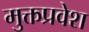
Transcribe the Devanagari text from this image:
मुक्तप्रवेश